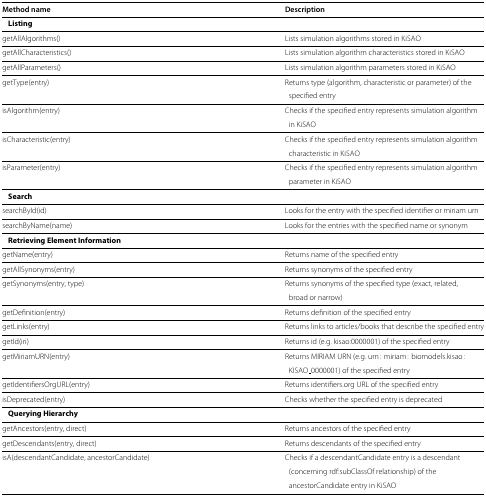
| Method name | Description |
 | --- | --- |
 | <COLSPAN=2> Listing |
 | getAllAlgorithms() | Lists simulation algorithms stored in KiSAO |
 | getAllCharacteristics() | Lists simulation algorithm characteristics stored in KiSAO |
 | getAllParameters() | Lists simulation algorithm parameters stored in KiSAO |
 | getType(entry) | Returns type (algorithm, characteristic or parameter) of the |
 |  | specified entry |
 | isAlgorithm(entry) | Checks if the specified entry represents simulation algorithm |
 |  | in KiSAO |
 | isCharacteristic(entry) | Checks if the specified entry represents simulation algorithm |
 |  | characteristic in KiSAO |
 | isParameter(entry) | Checks if the specified entry represents simulation algorithm |
 |  | parameter in KiSAO |
 | <COLSPAN=2> Search |
 | searchById(id) | Looks for the entry with the specified identifier or miriam urn |
 | searchByName(name) | Looks for the entries with the specified name or synonym |
 | <COLSPAN=2> Retrieving Element Information |
 | getName(entry) | Returns name of the specified entry |
 | getAllSynonyms(entry) | Returns synonyms of the specified entry |
 | getSynonyms(entry, type) | Returns synonyms of the specified type (exact, related, |
 |  | broad or narrow) |
 | getDefinition(entry) | Returns definition of the specified entry |
 | getLinks(entry) | Returns links to articles/books that describe the specified entry |
 | getId(iri) | Returns id (e.g. kisao:0000001) of the specified entry |
 | getMiriamURN(entry) | Returns MIRIAM URN (e.g. urn: miriam: biomodels.kisao: |
 |  | KISAO_0000001) of the specified entry |
 | getIdentifiersOrgURL(entry) | Returns identifiers.org URL of the specified entry |
 | isDeprecated(entry) | Checks whether the specified entry is deprecated |
 | <COLSPAN=2> Querying Hierarchy |
 | getAncestors(entry, direct) | Returns ancestors of the specified entry |
 | getDescendants(entry, direct) | Returns descendants of the specified entry |
 | isA(descendantCandidate, ancestorCandidate) | Checks if a descendantCandidate entry is a descendant |
 |  | (concerning rdf:subClassOf relationship) of the |
 |  | ancestorCandidate entry in KiSAO |